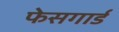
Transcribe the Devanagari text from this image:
फेसगार्ड